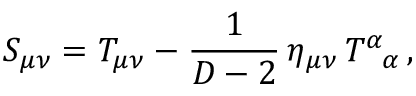
S _ { \mu \nu } = T _ { \mu \nu } - \frac { 1 } { D - 2 } \, \eta _ { \mu \nu } \, T _ { \; \; \; \alpha } ^ { \alpha } \, ,